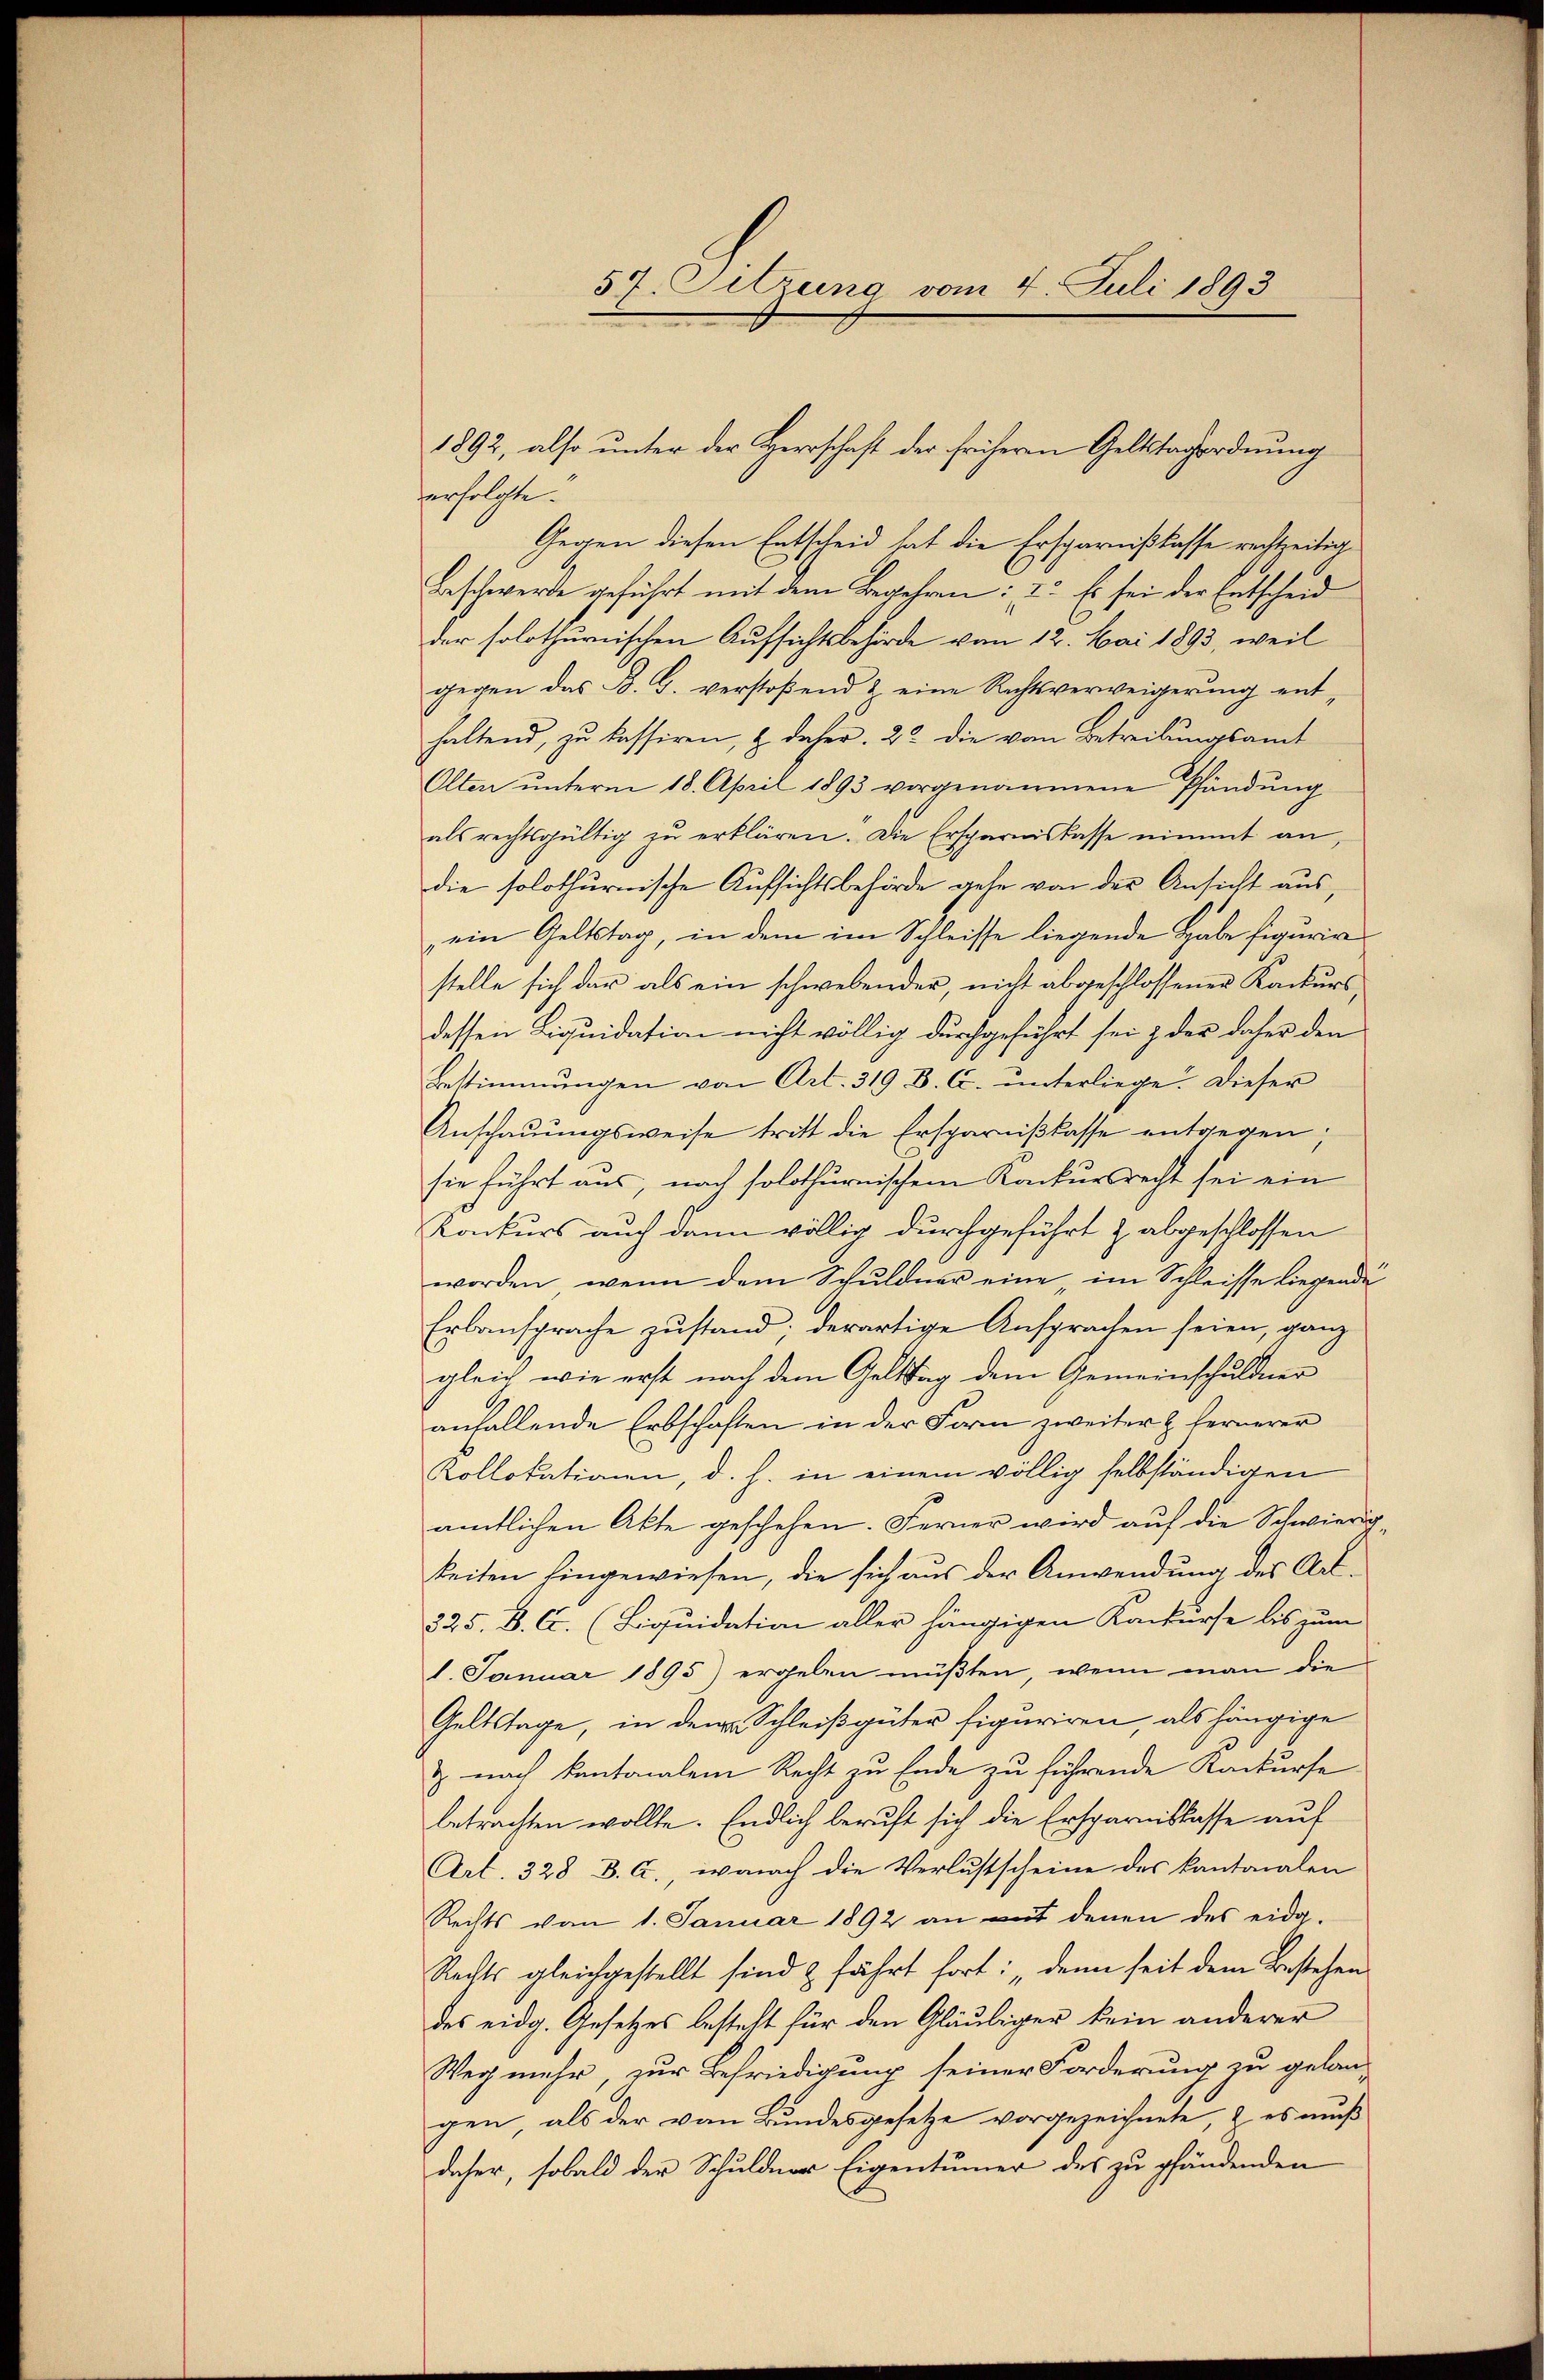
57. Sitzung vom 4. Juli 1893

1892, also unter der Herrschaft der früheren Geltstagordnung
erfolgte.
Gegen diesen Entscheid hat die Ersparnislasse rechtzeitig
Beschwerde geführt mit dem Begehren: 2. Es sei der Entscheid
der solothurnischen Aufsichtsbehörde vom 12. Mai 1893, weil
gegen das B. G. verstoßend & eine Rechtsverweigerung enthaltend, zu kassiren, & daher. 22 die vom Betreibungsamt
Olten ŭnterm 18. April 1893 vorgenommene Pfändung
als rechtsgültig zu erklären. Die Ersparniskasse nimmt an,
die solothurnische Aufsichtsbehörde gehe von der Ansicht aus
ein Geltstag, in dem im Schleisse liegende Habe figurir
stelle sich dar als ein schwebender, nicht abgeschlossenen Konkurs
dessen Liquidation nicht völlig durchgeführt sei & der daher den
Bestimmungen von Art. 319 B. C. ŭnterliege. Dieser
Anschaŭŭngsweise tritt die Ersparniβlasse entgegen.
sie führt aus, nach solothurnischem Konkursrecht sei ein
Konkurs auch dann völlig durchgeführt & abgeschlossen
worden, wenn dem Schuldner eine, im Schleisse liegende
Erbansprache zustand; derartige Ansprachen seien, ganz
gleich wie erst nach dem Geltstag dem Gemeinschuldner
anfallende Erbschaften in der Form zweiter & fernerer
Kollokationen, d. h. in einem völlig selbständigen
amtlichen Akte geschehen. Ferner wird auf die Schwierig
keiten hingewiesen, die sich aus der Anwendung des Ant¬
325. B. C. (Liquidation aller hängigen Konkurse bis zum
1. Januar 1895) ergeben müßten, wenn man die
Geltstage, in den Schleißgüter figuriren, als hängige
& nach Kantonalem Recht zu Ende zu führende Konkurse
betrachten wollte. Endlich beruft sich die Ersparnislasse auf
Art. 328 B. a., wonach die Verlustscheine des kantonalen
Rechts vom 1. Januar 1892 an mit denen des eidg.
Rechts gleichgestellt sind & führt fort: „Denn seit dem Bestehen
des eidg. Gesetzes besteht für den Gläubiger kein anderer
Weg mehr, zur Befriedigung seiner Forderung zu gelan-
gen, als der von Bundesgesetze vorgezeichnete, z. es muß
daher, sobald der Schuldner Eigentümer des zu pfändenden